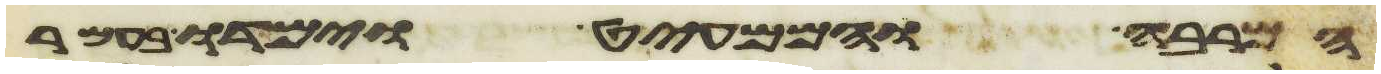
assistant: המרבה והממעיט וימדו בעמר